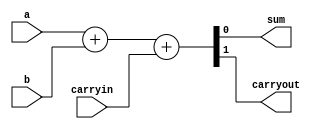
// Adder circuit
`define AND and #50
`define XOR xor #50
`define OR or #50
module behavioralFullAdder
(
    output sum, 
    output carryout,
    input a, 
    input b, 
    input carryin
);
    // Uses concatenation operator and built-in '+'
    assign {carryout, sum}=a+b+carryin;
endmodule

module structuralFullAdder
(
    output sum, 
    output carryout,
    input a, 
    input b, 
    input carryin
);
    // Your adder code here
   wire abXOR;
   wire abAND;
   wire cAND;
   
   `XOR inputXOR(abXOR, a, b);
   `AND inputAND(abAND, a, b);
   `AND carryAND(cAND, abXOR, carryin);
   `XOR outXOR(sum, abXOR, carryin);
   `OR carryOR(carryout, cAND, abAND);
endmodule